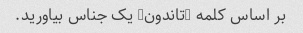
بر اساس کلمه "تاندون" یک جناس بیاورید.